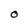
Character: O